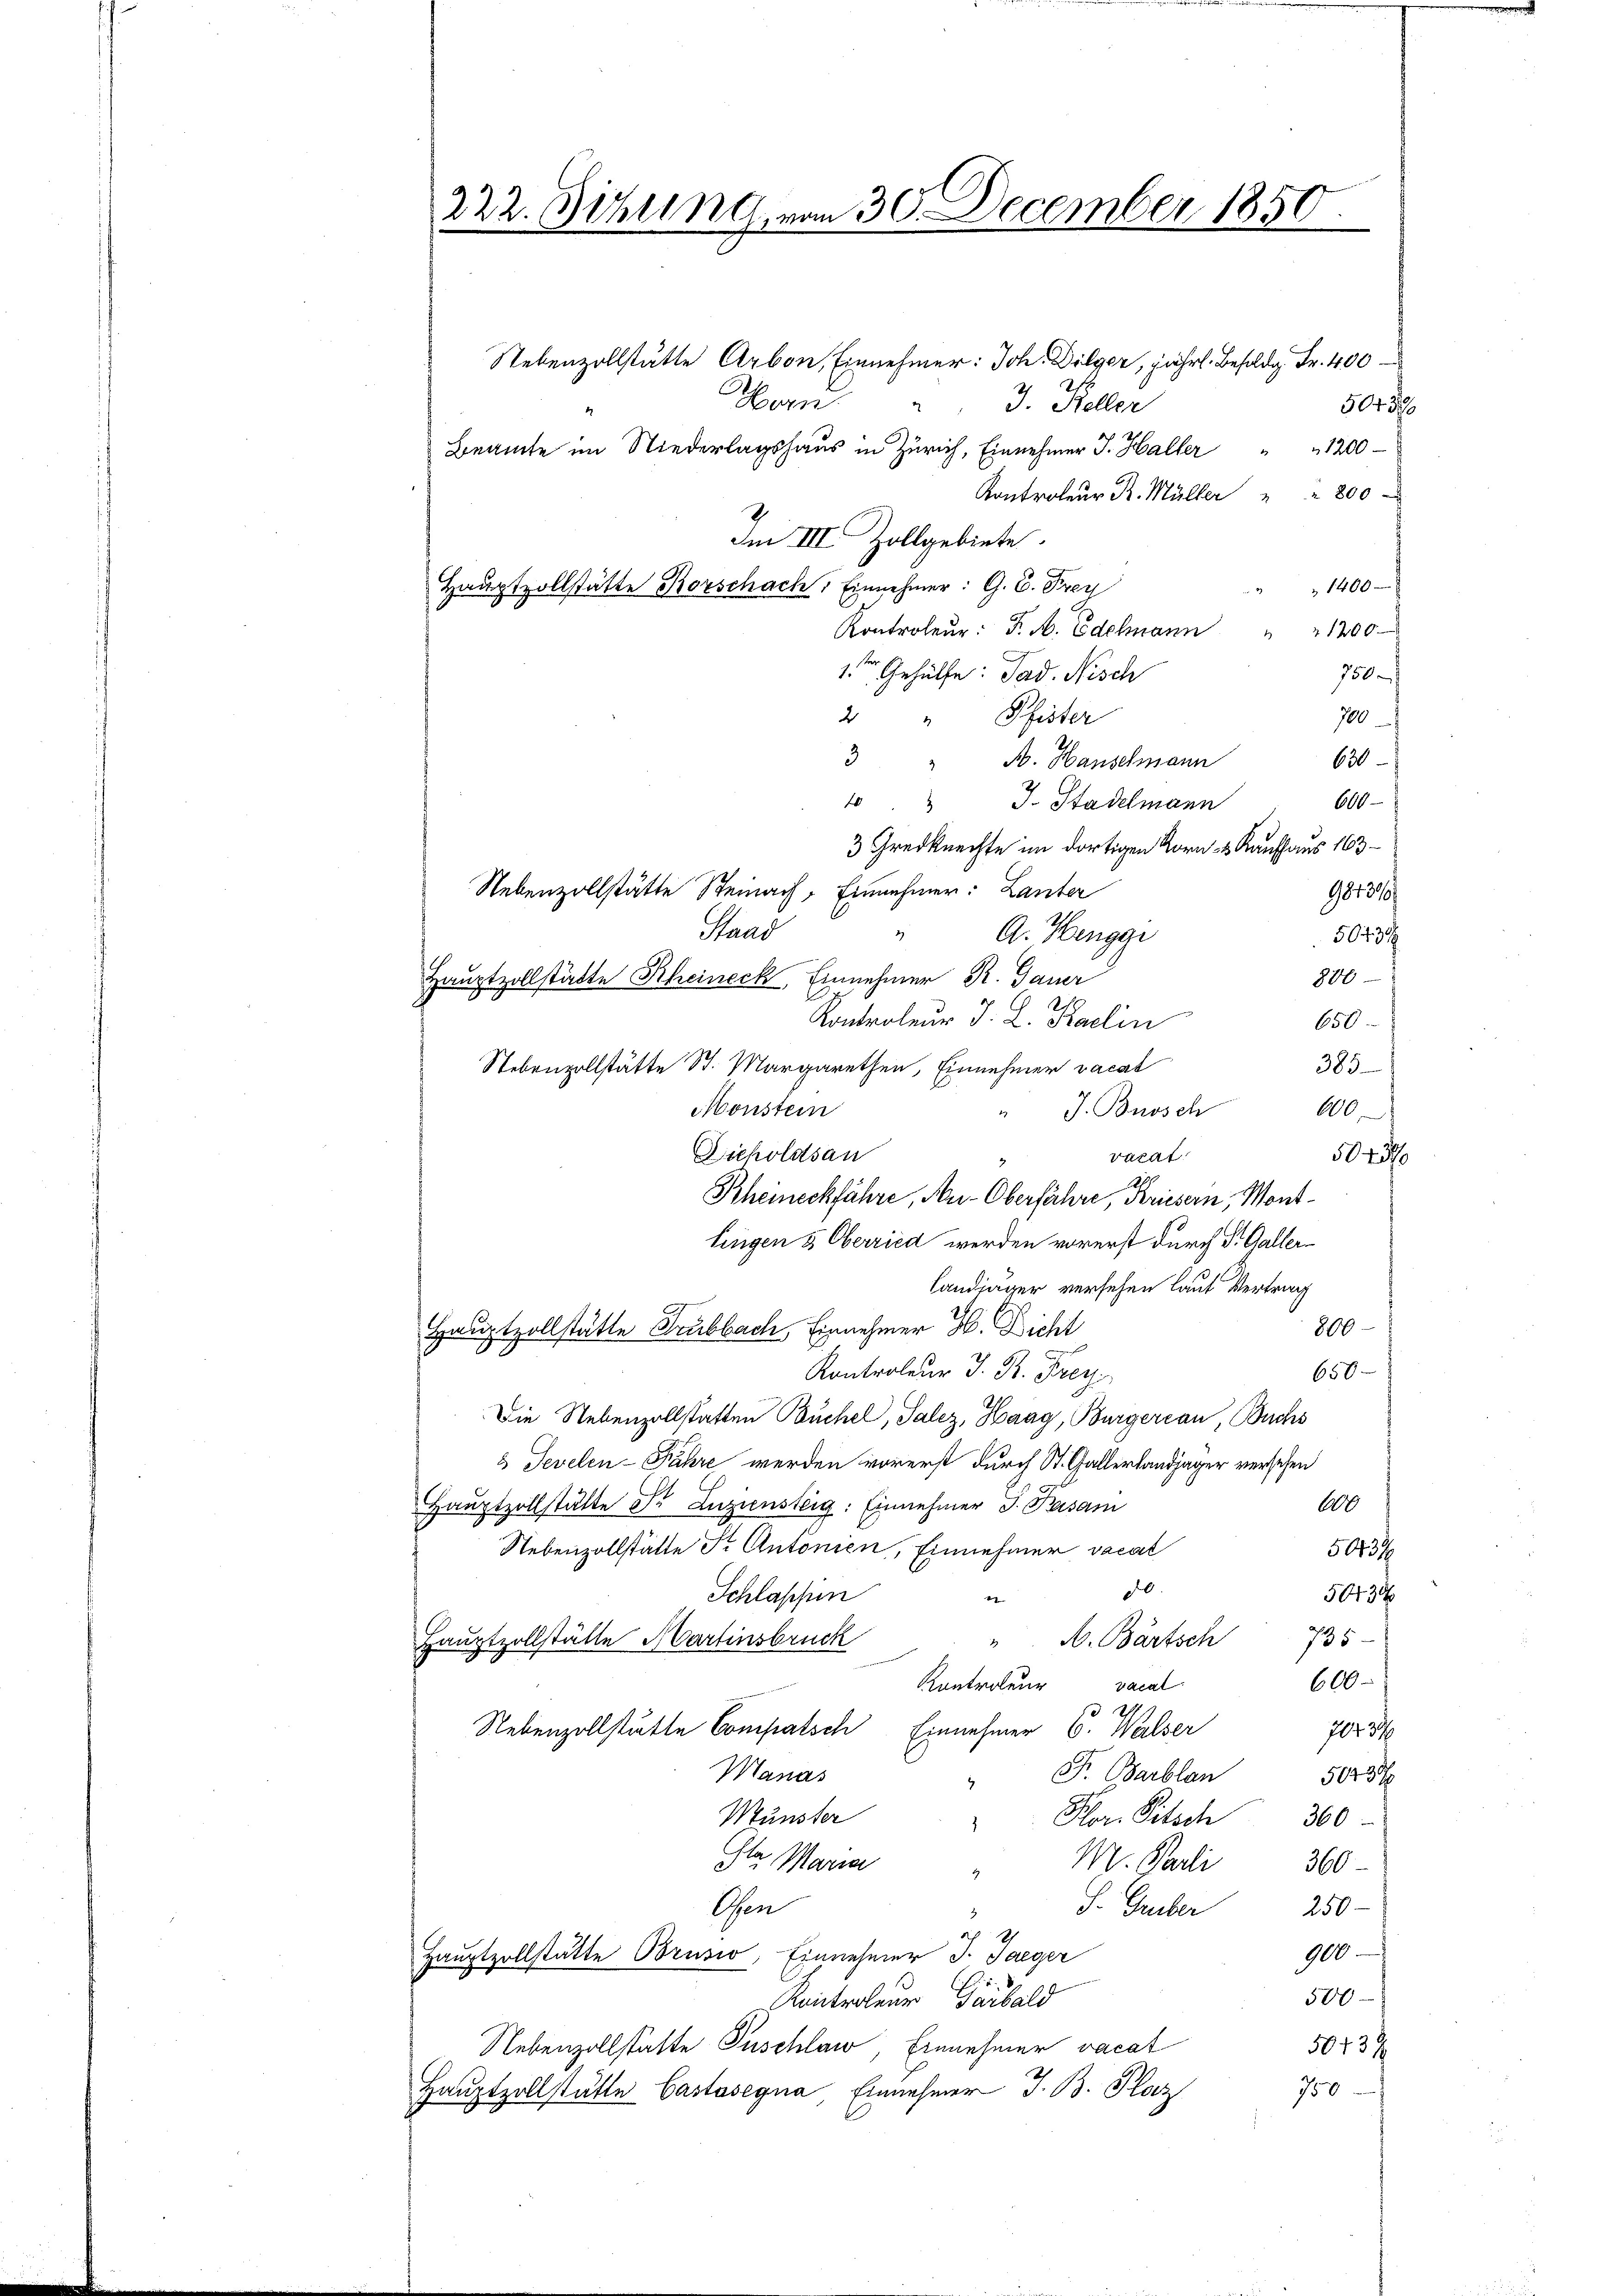
222. Sitzung von 30. December 1850
e

Nebenzollstätte Arbon, Einnehmer: Joh. Dilger, jährl. Behuldg Fr. 400
Hern 3. Keller
5043
Beamte im Niederlagshaus in Zürich, Einnehmer J. Haller
1200
Kontroleur R. Müller " " 800
Im III. Zollgebiete.
Hauptzollstätte Korschach: Einnehmer: G. C. Frey
1400
Kontroleŭr: F. M. Edelmann " " 1200
1ten Gehülfe: Pad. Nisch
750
2 " Pfister
700
3 " F. Hauselmann
630
600
4 J. Stadelmann
3 Gredknechte im dortigen Korn- & Kaufhaus 163
Nebenzollstätte Steinach Einnehmer: Lanter
981899/
aad
2)
A. Hengge
50431/
800
Hauptzollstädte Rheineck, Einnehmer R. Gauer
Kontroleur J. L. Kaclin
650
Nebenzollstätte St. Margarethen, Einnehmer vacal
385
Monstein
J. Bursch
600
t
Diepoldsau
varat
5045
Rheineckführe, Au-Oberfahre, Kriesern, Montlingen 5 Oberried werden vorerst durch Dr. Galler¬
Landjäger versehen laut Vertrag
800
Hauptzollstätte Grubbach Einnehmer H. Dicht
Kontroleur J. B. Frey.
650
Die Nebenzollstatten Buchel, Salez, Haag, Bürgerian, Buchs
3 Jevelen-Fahre werden vorerst durch St. Gallerlandjäger versehen
600
Haŭptzollstätte Dr. Luziensteig: Einnehmer J. Beisam
Nebenzollstätte Sr. Antonien, Einnehmer vacat
50134
d.
50434
Schlaffen
47
". A. Bartsch 735.
Hauptzollstätte Martinsbruck
600
Kontroleur vacal
Nebenzollstätte Compatsch Einnehmer C. Walser
70434
Manas
Fr. Barblan
50438
4
Münster
Plor. Pitsch 300
Ita Maria
M. Pauli 360
2
S. Greber
250
Gen
dich
2
900
Hauptzollstätte Brusio, Einnehmer J. Jaeger
500
Kontroleur Gürbald
Nebenzollstatte Puschlaw Einnehmer vacat
58134
750
Hauptzollstätte Castasegna, Einnehmer J. B. Plaz